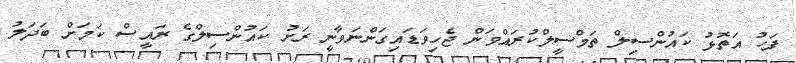
ފަހު އަތޮޅު ކައުންސިލް ތަމްސީލްކުރައްވަން ޖެހިވަޑައިގަންނަވާނީ ރަށު ކައުންސިލްގެ ރައީސް ކަމަށް ބަދަލު